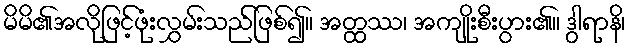
မိမိ၏အလိုဖြင့်ဖုံးလွှမ်းသည်ဖြစ်၍။ အတ္ထဿ၊ အကျိုးစီးပွား၏။ ဒွါရာနိ၊